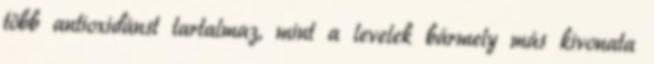
több antioxidánst tartalmaz, mint a levelek bármely más kivonata